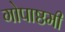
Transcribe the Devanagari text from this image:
गोपाष्ठमी